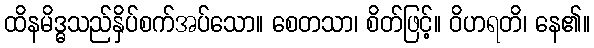
ထိနမိဒ္ဓသည်နှိပ်စက်အပ်သော။ စေတသာ၊ စိတ်ဖြင့်။ ဝိဟရတိ၊ နေ၏။